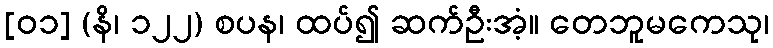
[၀၁] (နိ၊ ၁၂၂) စပန၊ ထပ်၍ ဆက်ဦးအံ့။ တေဘူမကေသု၊